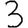
Digit: 3